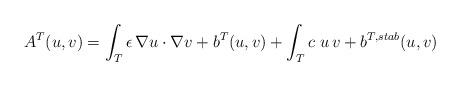
LaTeX: \begin{align*}A^{T}(u,v)=\int_{T} \epsilon \, \nabla u \cdot \nabla v+b^{T}(u,v)+\int_{T}c\ u \, v+b^{T,stab}(u,v) \end{align*}